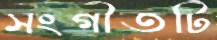
সংগীতটি